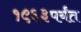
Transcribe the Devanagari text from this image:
१९६३पर्यंत